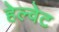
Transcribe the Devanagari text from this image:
हेल्वेट